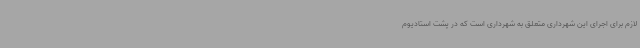
لازم برای اجرای این شهرداری متعلق به شهرداری است که در پشت استادیوم